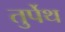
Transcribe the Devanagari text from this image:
तुर्पेथ